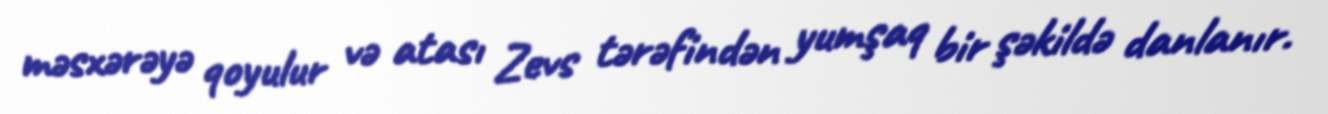
məsxərəyə qoyulur və atası Zevs tərəfindən yumşaq bir şəkildə danlanır.